Rangoon Lunatic Asylum 1893-1897 - 1893-1897
Year: 1893
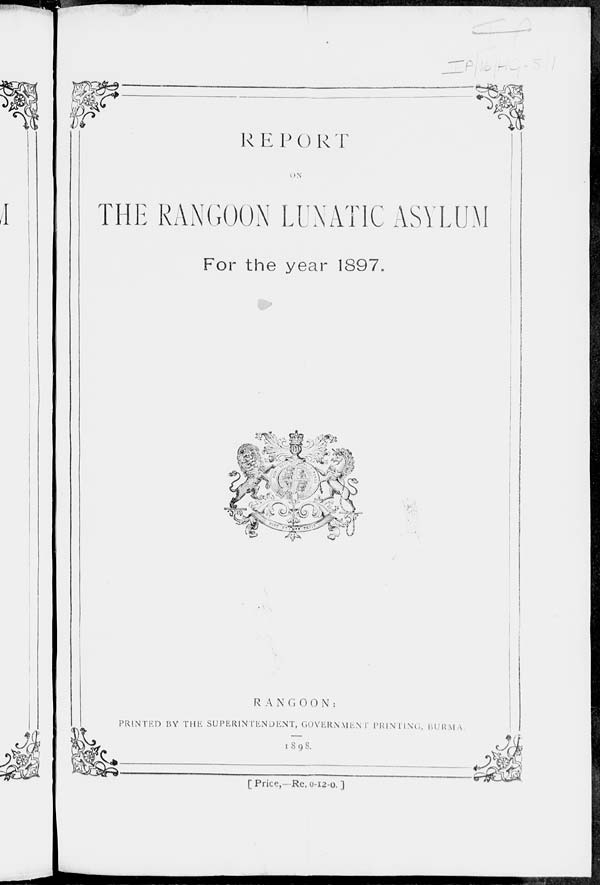
REPORT
ON
THE RANGOON LUNATIC ASYLUM
For the year 1897.
RANGOON :
PRINTED BY THE SUPERINTENDENT, GOVERNMENT PRINTING,
BURMA.
1898.
[Price,—Re. 0-12-0.]